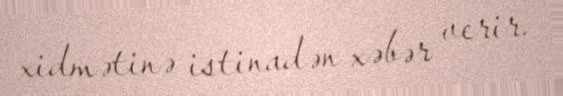
xidmətinə istinadən xəbər verir.